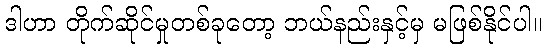
ဒါဟာ တိုက်ဆိုင်မှုတစ်ခုတော့ ဘယ်နည်းနှင့်မှ မဖြစ်နိုင်ပါ။